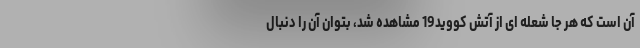
آن است که هر جا شعله ای از آتش کووید19 مشاهده شد، بتوان آن را دنبال